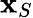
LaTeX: \mathbf{x}_{S}